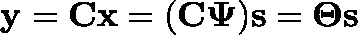
\mathbf { y } = \mathbf { C } \mathbf { x } = ( \mathbf { C \Psi } ) \mathbf { s } = \boldsymbol { \Theta } \mathbf { s }